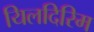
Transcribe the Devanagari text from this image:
यिलदिरिम